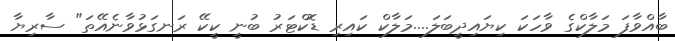
ބާއްވާފަ މަލާކްގެ ވާހަކަ ކިޔައިދީބަލަ....މަލާކް ކައިރި ޑޮކްޓަރު ބުނީ ކީކޭ ރަނގަޅުވާނެއޭތަ" ސާރިޔާ